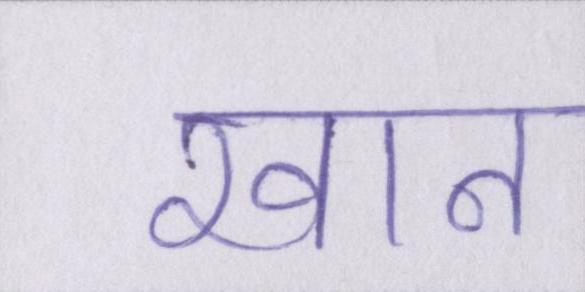
खान